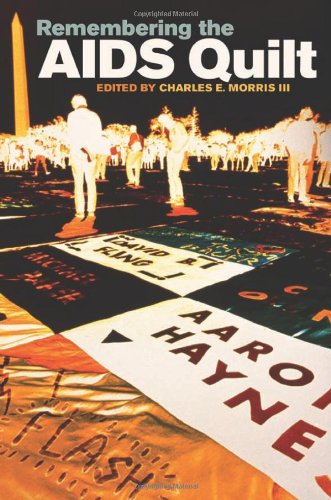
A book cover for Remembering the AIDS Quilt (Rhetoric & Public Affairs); Health, Fitness & Dieting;